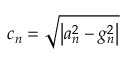
c _ { n } = { \sqrt { \left| a _ { n } ^ { 2 } - g _ { n } ^ { 2 } \right| } }